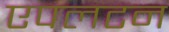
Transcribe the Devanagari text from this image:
एपलटन